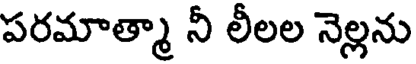
పరమాత్మా నీ లీలల నెల్లను